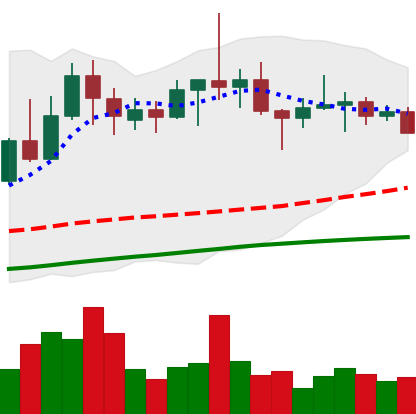
Ticker: TRX-USD
Chart end date: 2022-06-10
Forward return: -20.281%
Label: down_7plus